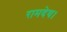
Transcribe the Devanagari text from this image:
रामदेव।